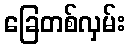
ခြေတစ်လှမ်း